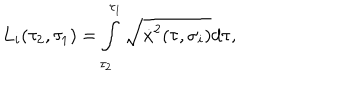
L _ { i } ( \tau _ { 2 } , \tau _ { 1 } ) = \int _ { \tau _ { 2 } } ^ { \tau _ { 1 } } \sqrt { \dot { x } ^ { 2 } ( \tau , \sigma _ { i } ) } d \tau ,